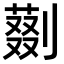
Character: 𠟝